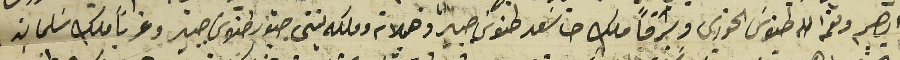
الياس ونعمه الله طنوسَ الخورى وشرقاً ملك حنا سَعد طنوس جبير وهيلانه وملكه بنتى جبّور طنوس جبير وغرباً ملك سَلمان